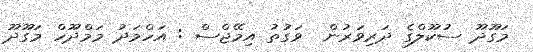
މަގޫދޫ ސުކޫލްގެ ދަރިވަރުން  ވަގުތު އިމޭޖްސް : އަހްމަދު މަމްދޫހް މަގޫދޫ